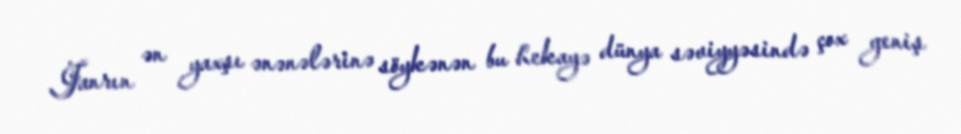
Janrın ən yaxşı ənənələrinə söykənən bu hekayə dünya səviyyəsində çox geniş